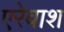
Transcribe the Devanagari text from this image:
एरेवाश